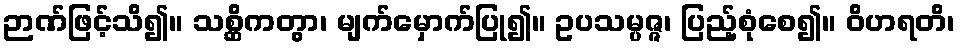
ဉာဏ်ဖြင့်သိ၍။ သစ္ဆိကတွာ၊ မျက်မှောက်ပြု၍။ ဥပသမ္ပဇ္ဇ၊ ပြည့်စုံစေ၍။ ဝိဟရတိ၊